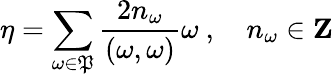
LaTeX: \eta=\sum_{\omega\in\mathfrak{P}}\frac{{2n_{\omega}}}{{(\omega,\omega)}}\omega\ ,\ \ \ \ n_{\omega}\in{\mathbf{Z}}